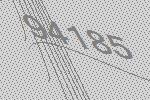
94185